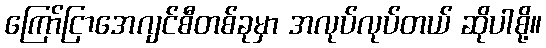
ကြော်ငြာအေဂျင်စီတစ်ခုမှာ အလုပ်လုပ်တယ် ဆိုပါစို့။